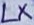
Text: LX